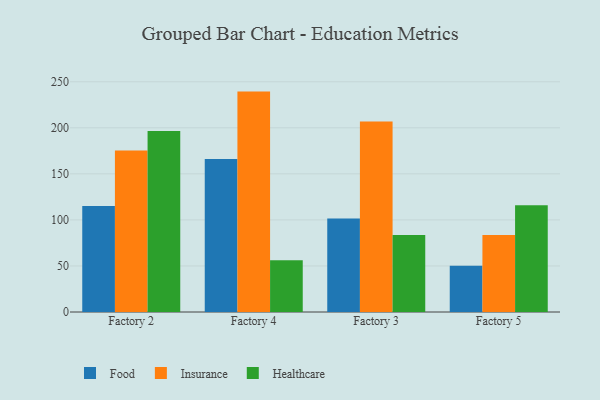
{"axis": {"x": "Factory", "y": "Tickets Resolved"}, "legend": ["Food", "Healthcare", "Insurance"], "data": [{"x": "Factory 2", "y": 115.1, "type": "Food"}, {"x": "Factory 2", "y": 175.4, "type": "Insurance"}, {"x": "Factory 2", "y": 196.4, "type": "Healthcare"}, {"x": "Factory 4", "y": 166.1, "type": "Food"}, {"x": "Factory 4", "y": 239.3, "type": "Insurance"}, {"x": "Factory 4", "y": 56.2, "type": "Healthcare"}, {"x": "Factory 3", "y": 101.6, "type": "Food"}, {"x": "Factory 3", "y": 206.8, "type": "Insurance"}, {"x": "Factory 3", "y": 83.5, "type": "Healthcare"}, {"x": "Factory 5", "y": 50.2, "type": "Food"}, {"x": "Factory 5", "y": 83.5, "type": "Insurance"}, {"x": "Factory 5", "y": 115.8, "type": "Healthcare"}]}